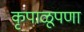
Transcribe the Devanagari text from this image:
कृपाळूपणा